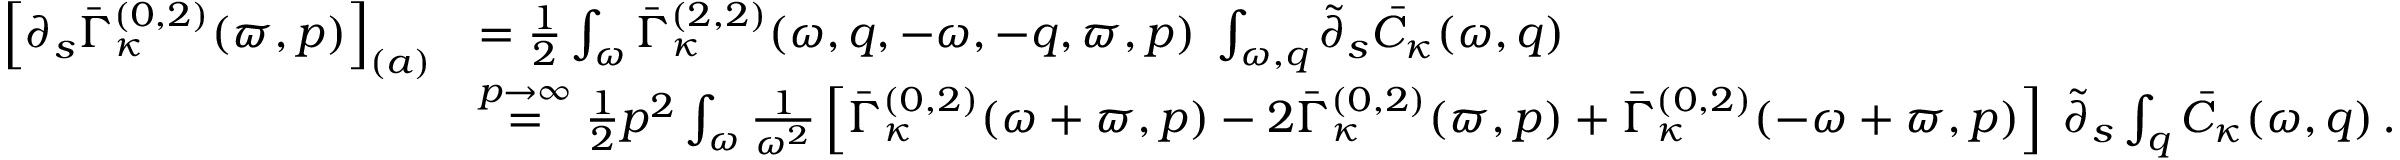
\begin{array} { r l } { \left[ \partial _ { s } \bar { \Gamma } _ { \kappa } ^ { ( 0 , 2 ) } ( \varpi , p ) \right] _ { ( a ) } } & { = \frac 1 2 \int _ { \omega } \bar { \Gamma } _ { \kappa } ^ { ( 2 , 2 ) } ( \omega , q , - \omega , - q , \varpi , p ) \; \int _ { \omega , q } \tilde { \partial } _ { s } \bar { C } _ { \kappa } ( \omega , q ) } \\ & { \stackrel { p \to \infty } { = } \frac 1 2 p ^ { 2 } \int _ { \omega } \frac 1 { \omega ^ { 2 } } \left[ \bar { \Gamma } _ { \kappa } ^ { ( 0 , 2 ) } ( \omega + \varpi , p ) - 2 \bar { \Gamma } _ { \kappa } ^ { ( 0 , 2 ) } ( \varpi , p ) + \bar { \Gamma } _ { \kappa } ^ { ( 0 , 2 ) } ( - \omega + \varpi , p ) \right] \; \tilde { \partial } _ { s } \int _ { q } \bar { C } _ { \kappa } ( \omega , q ) \, . } \end{array}